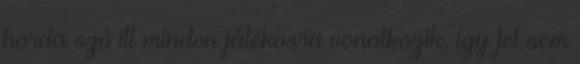
horda szó itt minden játékosra vonatkozik, így fel sem